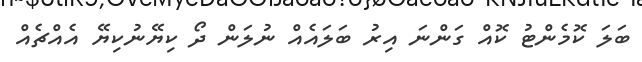
ބަލަ ކޮމެންޓު ކޮއް ގަންނަ އިރު ބަލައެއް ނުލަން ދޯ ކިޔޭނުކިޔޭ އެއްޗެއް